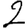
Digit: 2